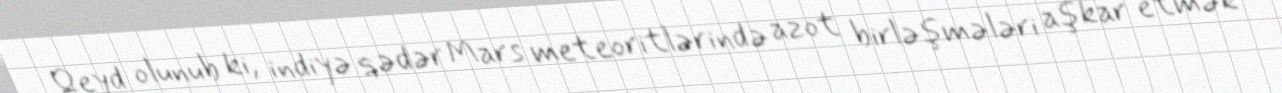
Qeyd olunub ki, indiyə qədər Mars meteoritlərində azot birləşmələri aşkar etmək